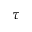
\tau